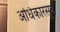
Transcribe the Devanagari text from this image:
अधिकारसूत्रे